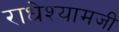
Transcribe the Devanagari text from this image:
राधेश्यामजी